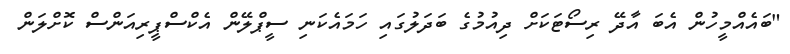
"ބައެއްމީހުން އެބަ އާދޭ ރިސޯޓަކަށް ދިއުމުގެ ބަދަލުގައި ހަމައެކަނި ސީޕްލޭން އެކްސްޕީރިއަންސް ކޮށްލަން